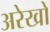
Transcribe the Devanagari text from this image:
अरेखों